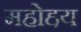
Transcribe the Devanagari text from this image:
महोद्दय